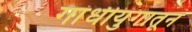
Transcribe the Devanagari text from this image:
गांधीयुगातून